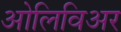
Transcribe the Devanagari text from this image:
ओलिविअर